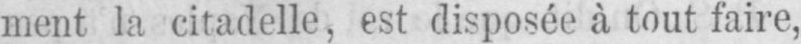
ment la citadelle, est disposée à tout faire,